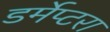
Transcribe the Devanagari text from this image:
डर्मेप्टरा